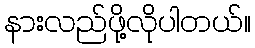
နားလည်ဖို့လိုပါတယ်။